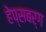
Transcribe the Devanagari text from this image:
हेप्सबर्ग